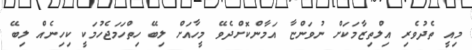
މިއީ ތެދުވެރި އިލްތިޒާމަކަށް ނުވަންޏާ އަމާންކޮށްދެވޭ މީހާއަށް ލިބޭ ހިތްހަމަޖެހުމަކީ ކިހިނެއް ލިބޭ